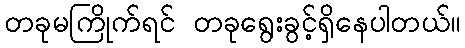
တခုမကြိုက်ရင် တခုရွေးခွင့်ရှိနေပါတယ်။